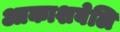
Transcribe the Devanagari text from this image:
आकाशबेलि